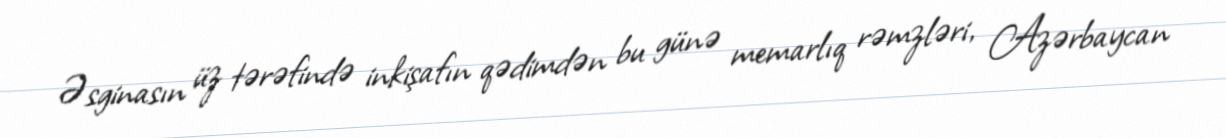
Əsginasın üz tərəfində inkişafın qədimdən bu günə memarlıq rəmzləri, Azərbaycan